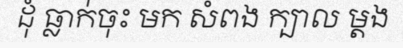
ដុំ ធ្លាក់ចុះ មក សំពង ក្បាល ម្តង